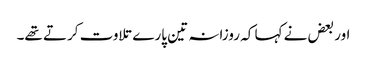
اور بعض نے کہا کہ روزانہ تین پارے تلاوت کرتے تھے۔